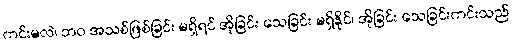
ကင်းမလဲ၊ ဘဝ အသစ်ဖြစ်ခြင်း မရှိရင် အိုခြင်း သေခြင်း မရှိနိုင်၊ အိုခြင်း သေခြင်းကင်းသည်